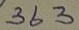
363